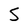
Character: S